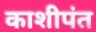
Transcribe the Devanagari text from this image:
काशीपंत